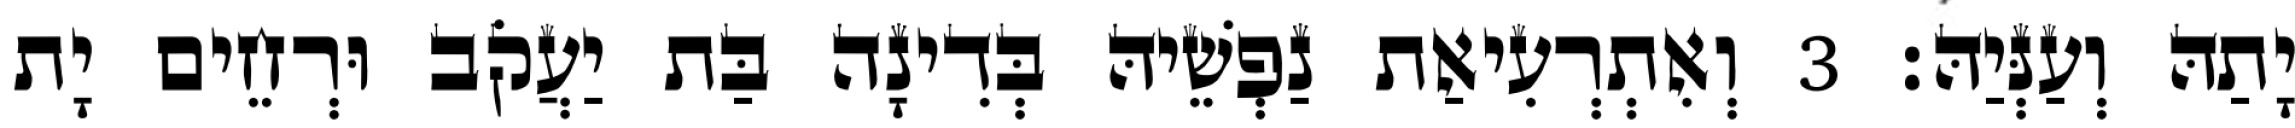
יָתַהּ וְעַנְּיַהּ׃ 3 וְאִתְרְעִיאַת נַפְשֵׁיהּ בְּדִינָה בַּת יַעֲקֹב וּרְחֵים יָת